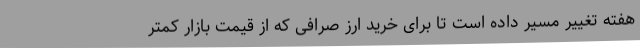
هفته تغییر مسیر داده است تا برای خرید ارز صرافی که از قیمت بازار کمتر